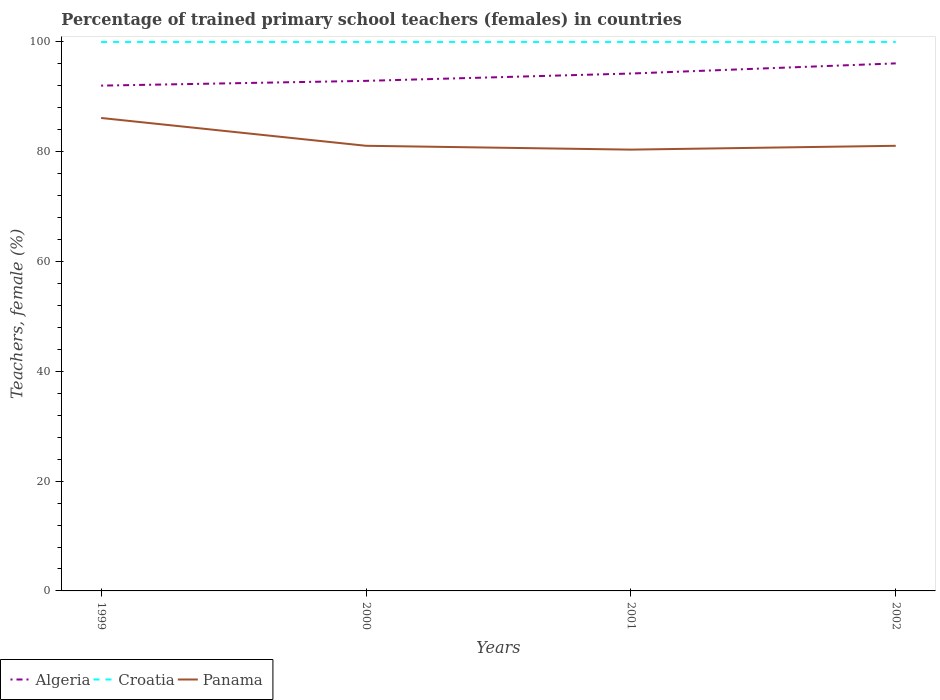
| Years | Algeria | Croatia | Panama |
 | --- | --- | --- | --- |
 | 1999 | 92 | 100 | 86.2 |
 | 2000 | 92.9 | 100 | 81.1 |
 | 2001 | 94.2 | 100 | 80.4 |
 | 2002 | 96.1 | 100 | 81.1 |